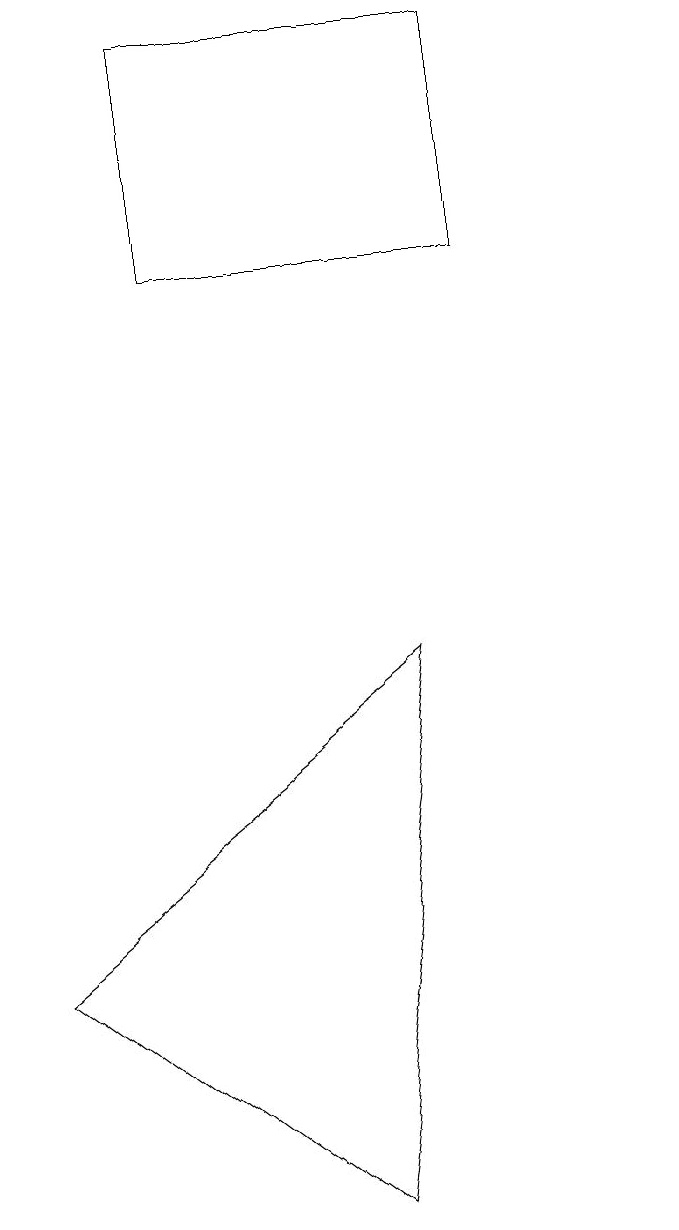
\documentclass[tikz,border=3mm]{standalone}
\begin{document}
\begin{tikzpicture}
\draw (7,9) -- (6,2) -- (2,5) -- cycle;
\draw (8,14) rectangle (4,17);
\draw (10,10) circle (0);
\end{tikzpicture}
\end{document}